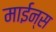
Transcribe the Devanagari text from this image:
माईन्स